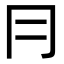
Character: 冃